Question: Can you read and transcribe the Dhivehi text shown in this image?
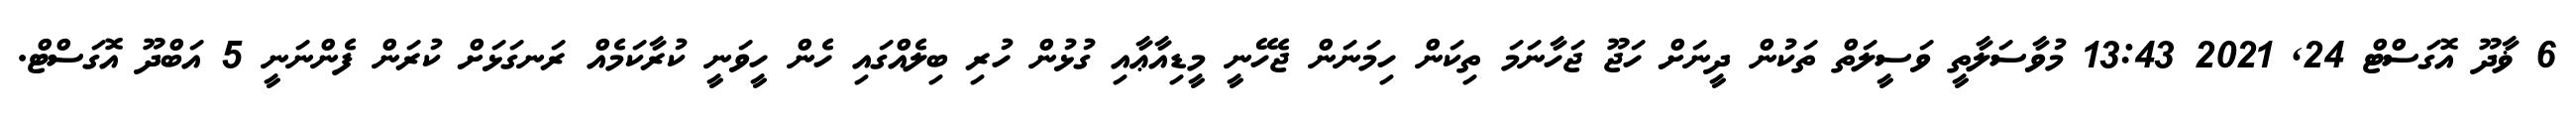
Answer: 6 ޥާދޫ އޮގަސްޓް 24, 2021 13:43 މުވާސަލާތީ ވަސީލަތް ތަކުން ދީނަށް ހަޖޫ ޖަހާނަމަ ތިކަން ހިމަނަން ޖެހޭނީ މީޑިއާޢާއި ގުޅުން ހުރި ބިލެއްގައި ހެން ހީވަނީ ކުރާކަމެއް ރަނގަޅަށް ކުރަން ފެންނަނީ 5 އަބްދޫ އޮގަސްޓް.